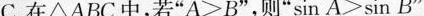
C.在\triangle ABC中，若”$$A>B$$”，则”$$\sin A>\sin B$$”